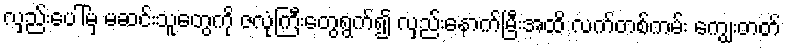
လှည်းပေါ်မှ မဆင်းသူတွေကို ဇလုံကြီးတွေရွက်၍ လှည်းနောက်မြီးအထိ လက်တစ်ကမ်း ကျွေးတတ်